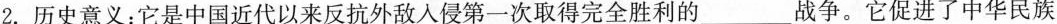
2.历史意义：它是中国近代以来反抗外敌入侵第一次取得完全胜利的___战争。它促进了中华民族